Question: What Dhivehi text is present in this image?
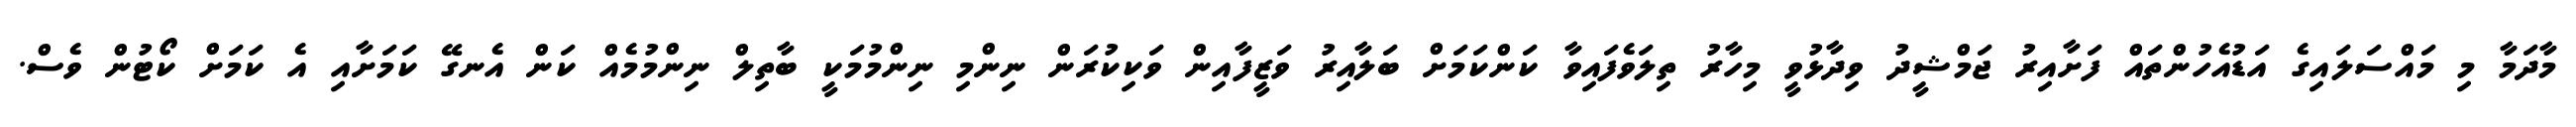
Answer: މާދަމާ މި މައްސަލައިގެ އަޑުއެހުންތައް ފަށާއިރު ޖަމްޝީދު ވިދާޅުވީ މިހާރު ތިލަވެފައިވާ ކަންކަމަށް ބަލާއިރު ވަޒީފާއިން ވަކިކުރަން ނިންމި ނިންމުމަކީ ބާތިލް ނިންމުމެއް ކަން އެނގޭ ކަމަށާއި އެ ކަމަށް ކޯޓުން ވެސް.